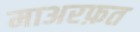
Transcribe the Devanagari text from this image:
माअरफ़त